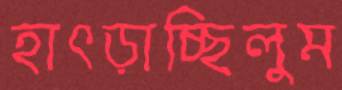
হাৎড়াচ্ছিলুম